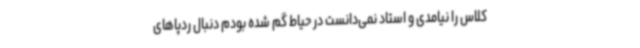
کلاس را نیامدی و استاد نمی‌دانست در حیاط گم شده بودم دنبال ردپاهای